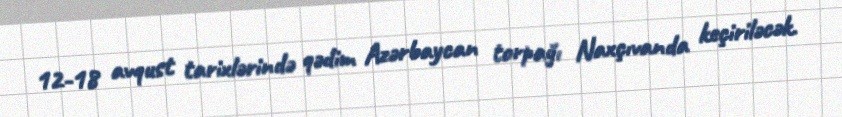
12-18 avqust tarixlərində qədim Azərbaycan torpağı Naxçıvanda keçiriləcək.